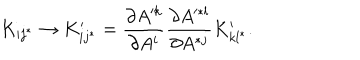
LaTeX: K _ { i j ^ { * } } \rightarrow K _ { i j ^ { * } } ^ { \prime } = { \frac { \partial A ^ { k } } { \partial A ^ { i } } } { \frac { \partial A ^ { * l } } { \partial A ^ { * j } } } K _ { k l ^ { * } } ^ { \prime } .